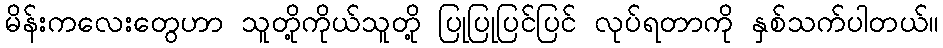
မိန်းကလေးတွေဟာ သူတို့ကိုယ်သူတို့ ပြုပြုပြင်ပြင် လုပ်ရတာကို နှစ်သက်ပါတယ်။